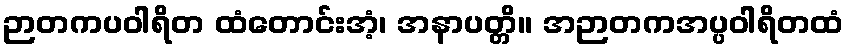
ဉာတကပဝါရိတ ထံတောင်းအံ့၊ အနာပတ္တိ။ အဉာတကအပ္ပဝါရိတထံ